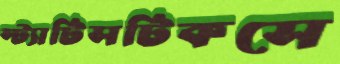
স্ট্যাটিসটিকসে